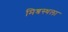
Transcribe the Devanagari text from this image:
मिश्रस्थला